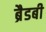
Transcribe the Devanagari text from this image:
ब्रैडबी